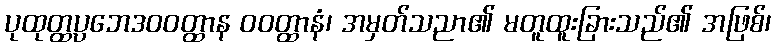
ပုထုတ္ထပ္ပဘေဒဝဝတ္ထာန ဝဝတ္ထာနံ၊ အမှတ်သညာ၏ မတူထူးခြားသည်၏ အဖြစ်၊